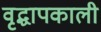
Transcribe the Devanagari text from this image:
वृद्धापकाली